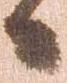
日